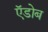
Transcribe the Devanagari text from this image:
ऍडोब